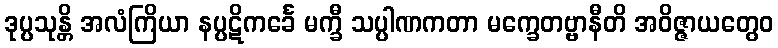
ဒုပ္ပသုန္တိ အလံကြိယာ နပ္ပဋိကင်္ခေ မက္ခီ သပ္ပါဏကတာ မက္ခေတဗ္ဗာနီတိ အဝိဇ္ဇာယတွေဝ